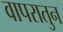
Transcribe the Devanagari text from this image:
वापरातुन